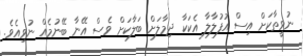
ނުވީތާކަށް އިސް އުފުލާލާ އެކަކާ ދިމާލަށް ބަލާކަށް ވެސް އޭނާ ބޭނުމެއް ނުވިއެވެ.